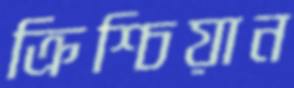
ক্রিশ্চিয়ান